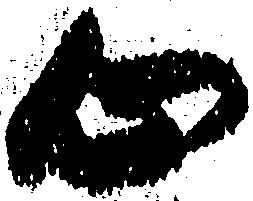
心